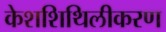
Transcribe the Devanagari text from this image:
केशशिथिलीकरण